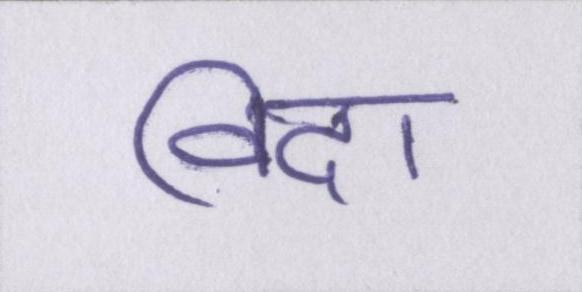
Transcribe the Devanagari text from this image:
विदा